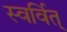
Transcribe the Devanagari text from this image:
स्वर्वित्